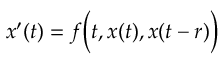
x ^ { \prime } ( t ) = f { \biggl ( } t , x ( t ) , x ( t - r ) { \biggr ) }